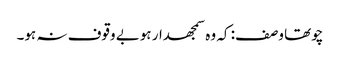
چوتھا وصف: کہ وہ سمجھدار ہوبے وقوف نہ ہو۔